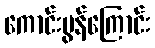
ကောင်းမွန်ကြောင်း